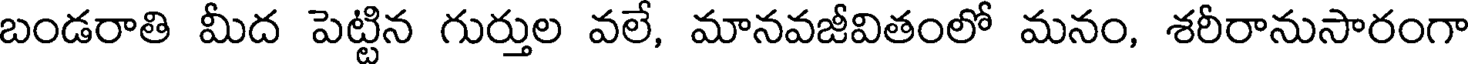
బండరాతి మీద పెట్టిన గుర్తుల వలే, మానవజీవితంలో మనం, శరీరానుసారంగా